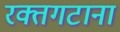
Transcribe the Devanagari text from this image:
रक्तगटाना